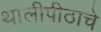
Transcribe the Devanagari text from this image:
थालीपीठाचे